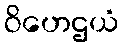
ဝိဟေဌယံ